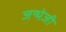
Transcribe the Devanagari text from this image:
जन्मेजी